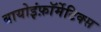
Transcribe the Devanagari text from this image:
बायोइंफ़ॉर्मेटिक्स